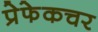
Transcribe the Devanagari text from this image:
प्रेफेकचर